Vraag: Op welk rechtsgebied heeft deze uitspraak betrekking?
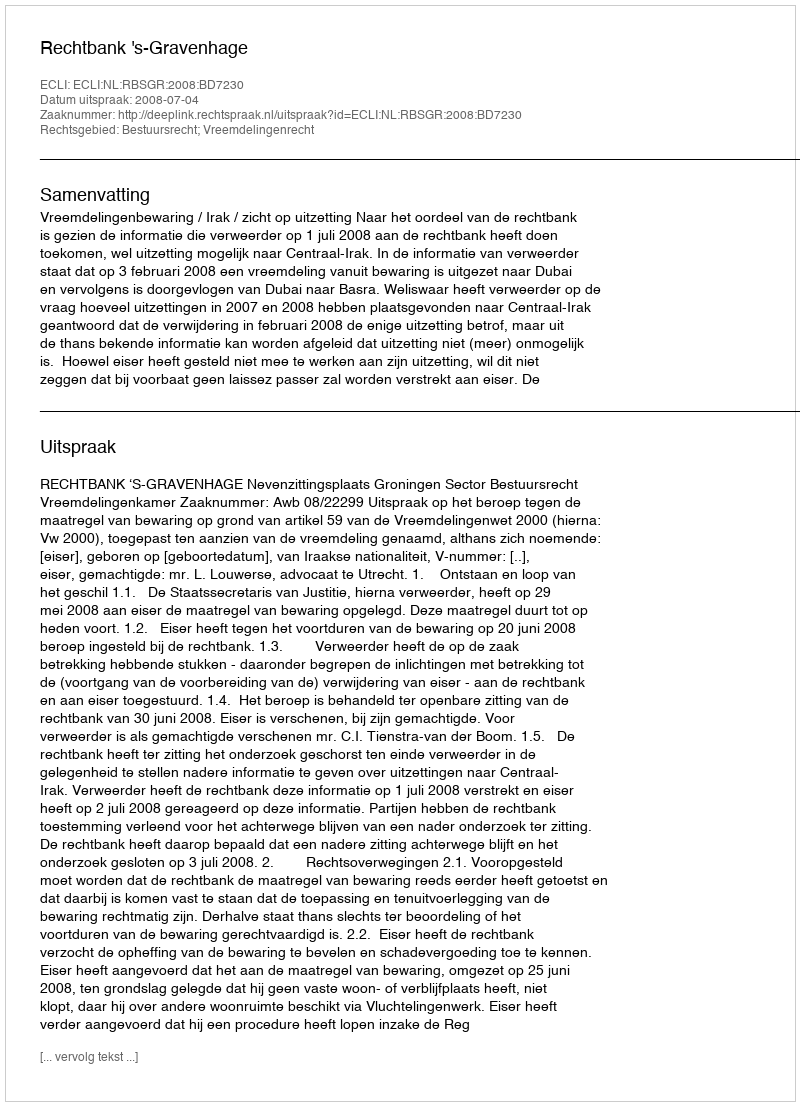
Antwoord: Bestuursrecht; Vreemdelingenrecht